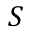
S